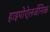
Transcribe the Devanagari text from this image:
हाइपोऐलर्जनिक